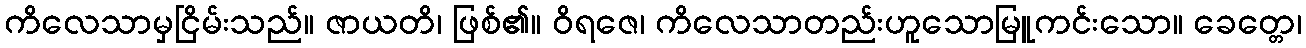
ကိလေသာမှငြိမ်းသည်။ ဇာယတိ၊ ဖြစ်၏။ ဝိရဇေ၊ ကိလေသာတည်းဟူသောမြူကင်းသော။ ခေတ္တေ၊